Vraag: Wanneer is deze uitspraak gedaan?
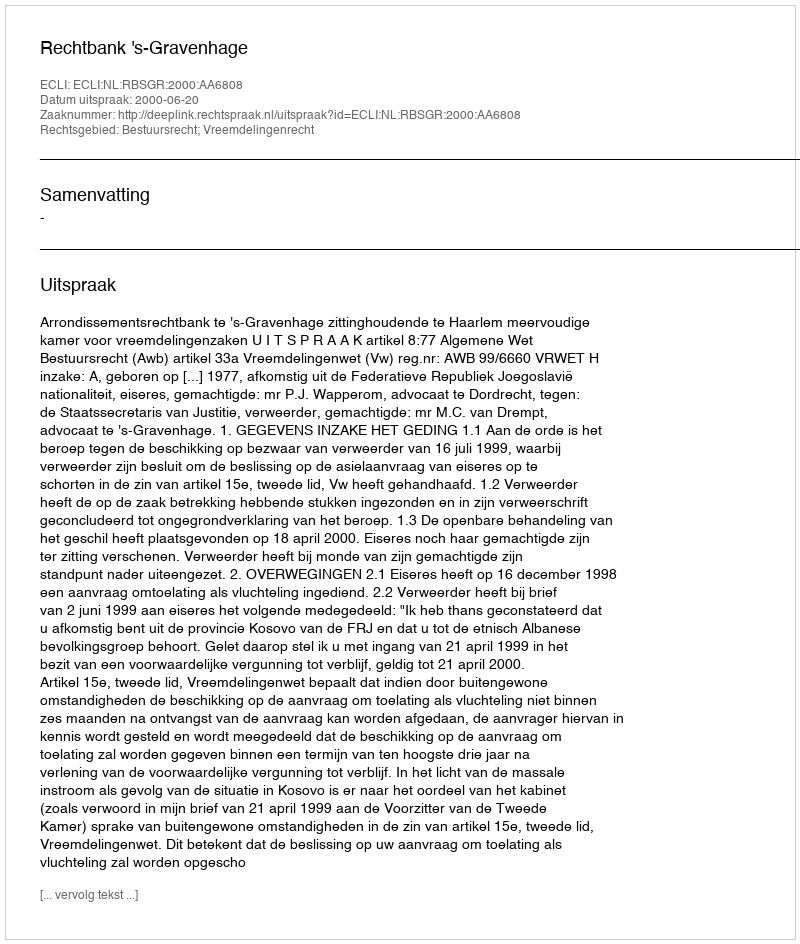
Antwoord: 2000-06-20